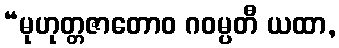
“မုဟုတ္တဇာတောဝ ဂဝမ္ပတီ ယထာ,